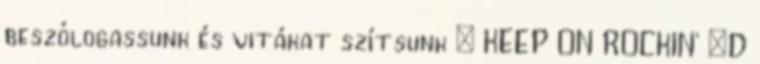
beszólogassunk és vitákat szí­tsunk ; KEEP ON ROCKIN' :D